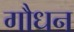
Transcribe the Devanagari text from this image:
गौधन